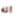
انه